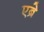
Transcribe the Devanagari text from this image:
एब्रे